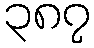
၃၈၇